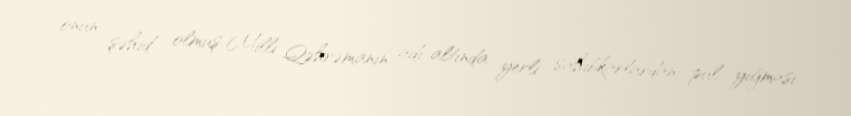
onun şəhid olmuş Milli Qəhrəmanın adı altında yerli sahibkarlardan pul yığması